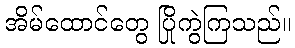
အိမ်ထောင်တွေ ပြိုကွဲကြသည်။